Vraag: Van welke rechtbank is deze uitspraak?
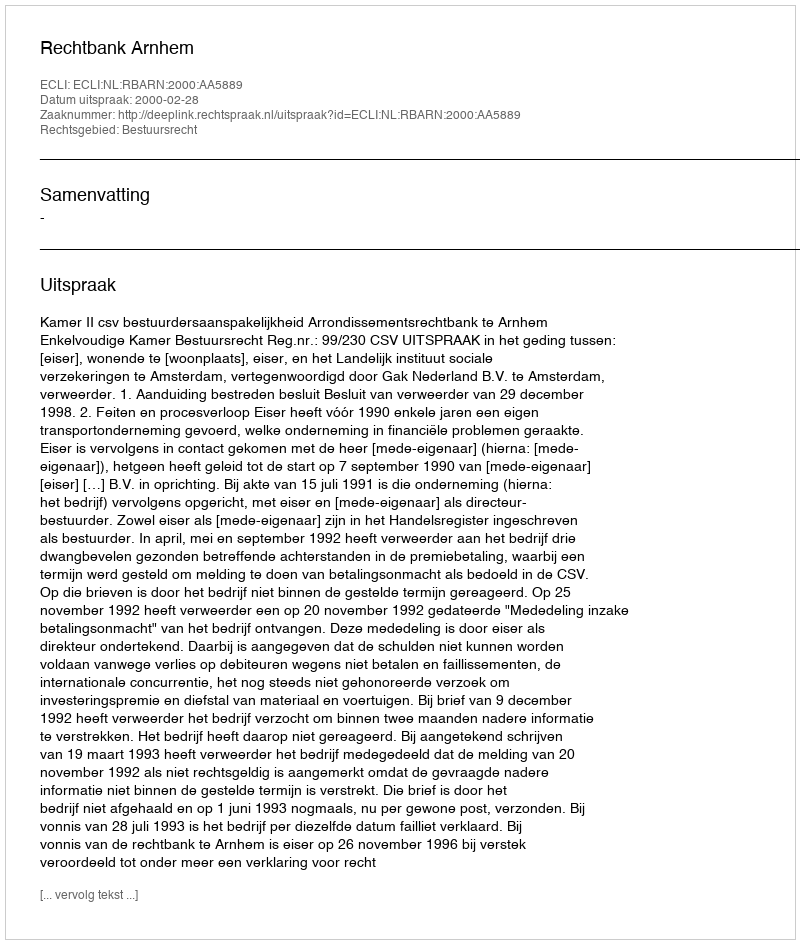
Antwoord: Rechtbank Arnhem